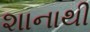
શાનાથી